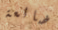
ضائعة